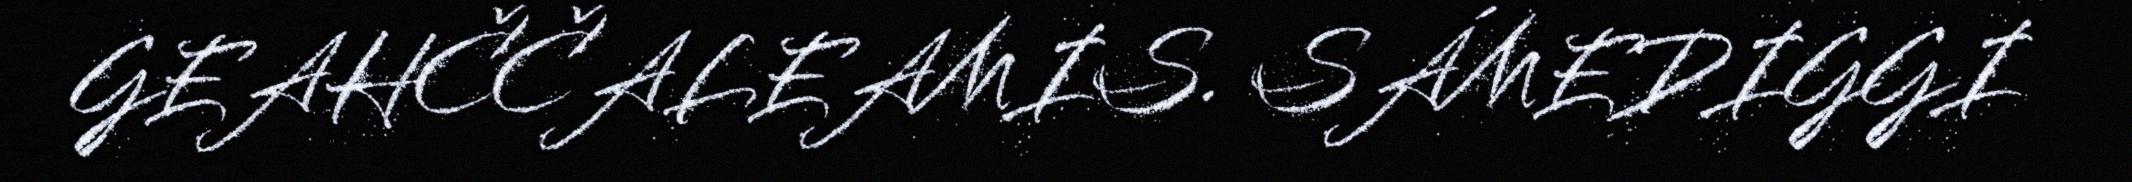
GEAHČČALEAMIS. SÁMEDIGGI